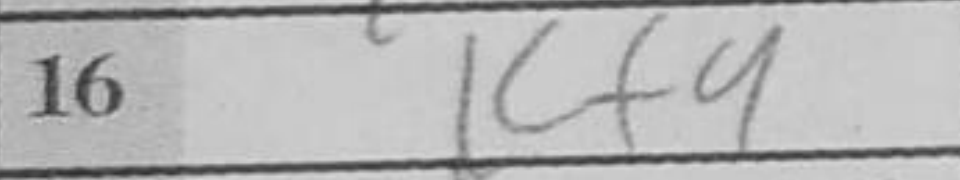
Transcription: Kf4